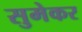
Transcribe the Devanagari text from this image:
सुमेकर